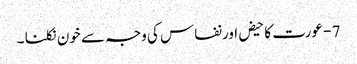
7 - عورت کا حیض اورنفاس کی وجہ سے خون نکلنا ۔